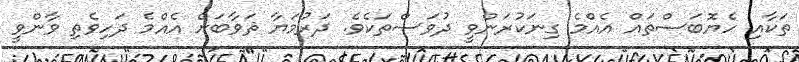
ތަކާއި ހެޔޮބަސްތައް އެއްމެ ގިނަކުރަންވީ ދުވަސްތަކެވެ. ދަރުމަޔާ ޘަވާބަށް އެއްމެ ދަހިވެތި ވާންވީ